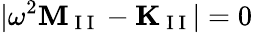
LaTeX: |\omega^{2}\mathbf{M}_{\mathrm{~I~I~}}-\mathbf{K}_{\mathrm{~I~I~}}|=0